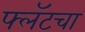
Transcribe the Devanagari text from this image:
फ्लॅटचा